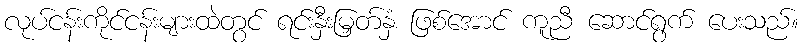
လုပ်ငန်းကိုင်ငန်းများထဲတွင် ရင်းနှီးမြှတ်နှံ ဖြစ်အောင် ကူညီ ဆောင်ရွက် ပေးသည်။